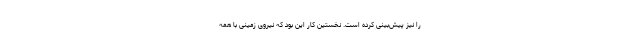
را نیز پیش‌بینی کرده است. نخستین کار این بود که نیروی زمینی با همه